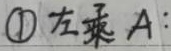
左乘 \(A\)：